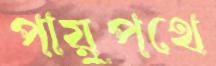
পায়ুপথে